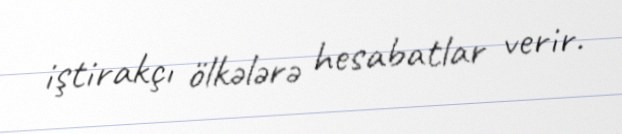
iştirakçı ölkələrə hesabatlar verir.